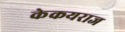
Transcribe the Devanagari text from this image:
केकयराज